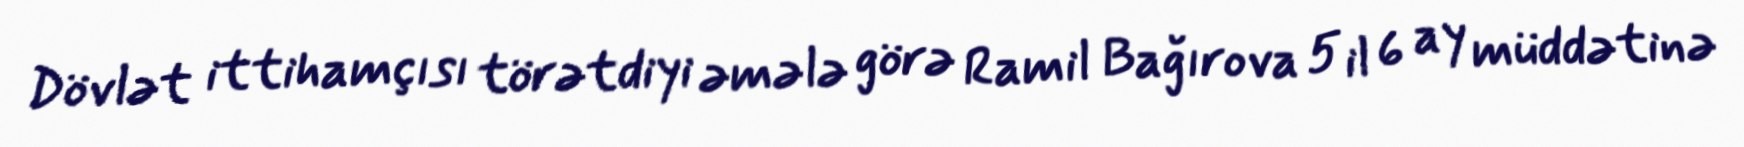
Dövlət ittihamçısı törətdiyi əmələ görə Ramil Bağırova 5 il 6 ay müddətinə